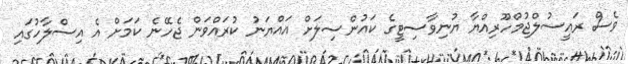
ވެސް ރައީސުލްޖުމްހޫރިއްޔާ ޔުނިވާސިޓީގެ ކައުންސިލަށް އައްޔަނު ކުރައްވަން ޖެހޭނެ ކަމަށް އެ އިސްލާހުގައި